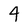
Character: 4